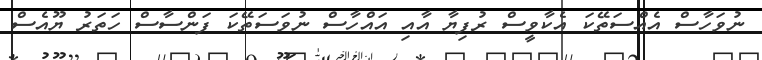
ނުވަހާސް އެއްސަތޭކަ އެކާވީސް ރުފިޔާ އާއި އައްހާސް ނުވަސަތޭކަ ފަންސާސް ހަތަރު ޔޫއެސް